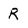
Character: R